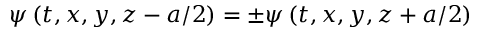
\psi \left( t , x , y , z - a / 2 \right) = \pm \psi \left( t , x , y , z + a / 2 \right)